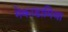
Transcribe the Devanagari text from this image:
मेकाडामिया